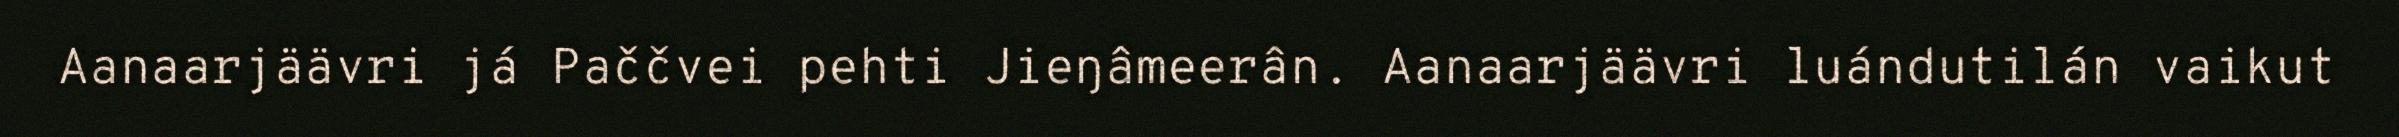
Aanaarjäävri já Paččvei pehti Jieŋâmeerân. Aanaarjäävri luándutilán vaikut